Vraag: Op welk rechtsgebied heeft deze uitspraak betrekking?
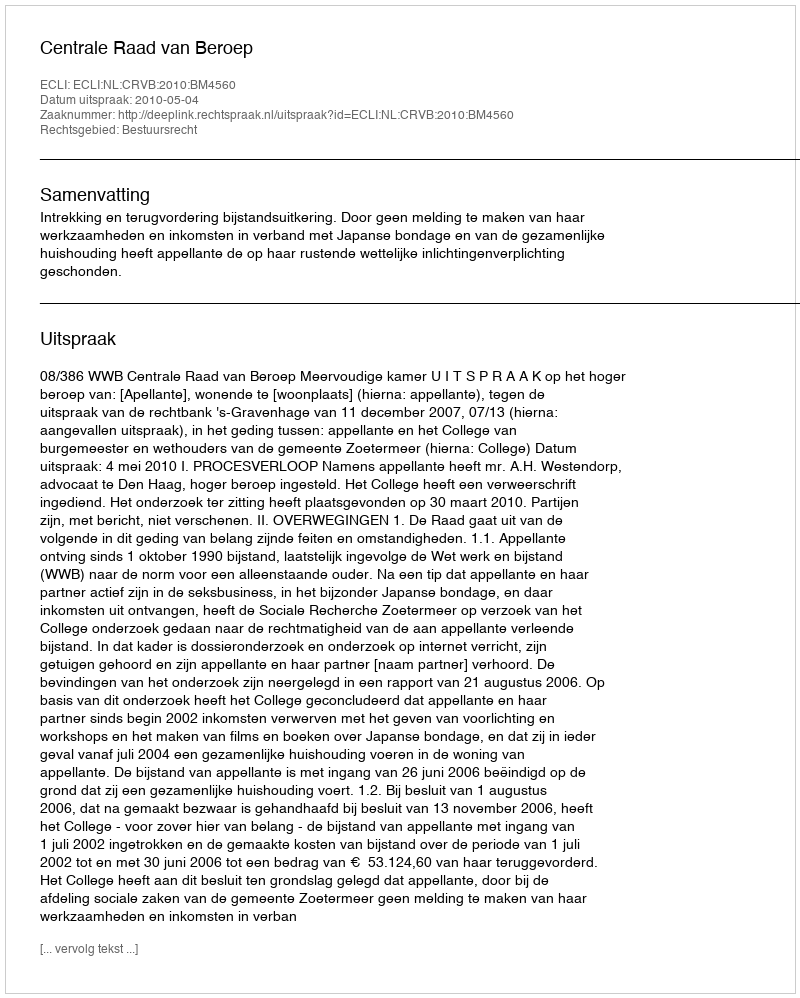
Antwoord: Bestuursrecht